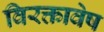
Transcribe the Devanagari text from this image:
विरक्तावेष